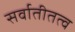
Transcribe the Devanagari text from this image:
सर्वातीतत्व